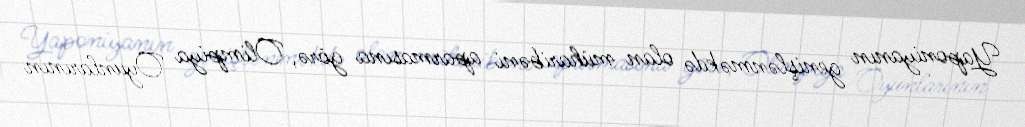
Yaponiyanın genişlənməkdə olan müharibəni aparmasına görə, Olimpiya Oyunlarının